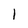
Character: l